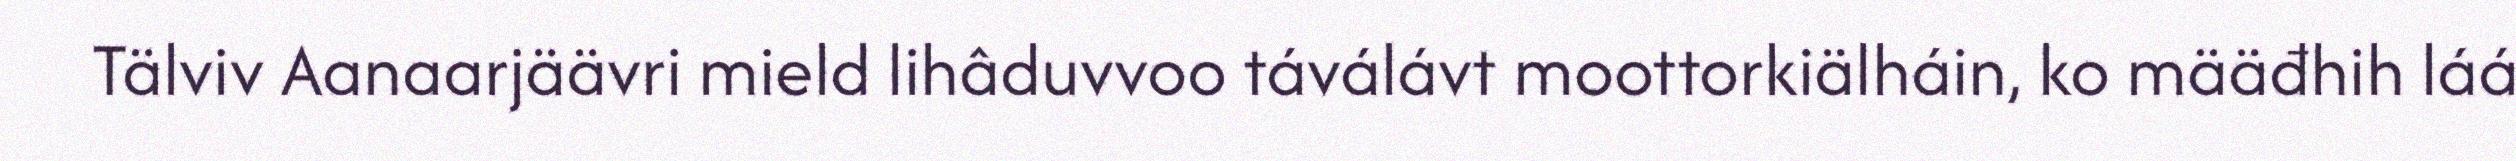
Tälviv Aanaarjäävri mield lihâduvvoo táválávt moottorkiälháin, ko määđhih láá